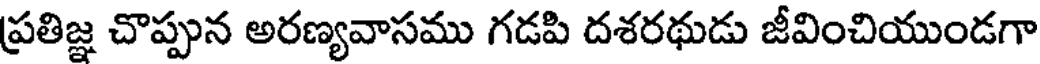
ప్రతిజ్ఞ చొప్పున అరణ్యవాసము గడపి దశరథుడు జీవించియుండగా